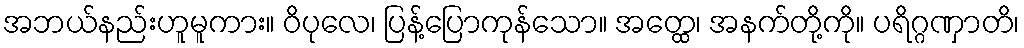
အဘယ်နည်းဟူမူကား။ ဝိပုလေ၊ ပြန့်ပြောကုန်သော။ အတ္ထေ၊ အနက်တို့ကို။ ပရိဂ္ဂဏှာတိ၊